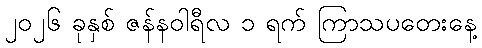
၂၀၂၆ ခုနှစ် ဇန်နဝါရီလ ၁ ရက် ကြာသပတေးနေ့